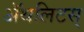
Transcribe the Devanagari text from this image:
ॲथलिटस्